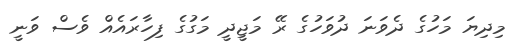
މިދިޔަ މަހުގެ ދެވަނަ ދުވަހުގެ ރޭ މަޖީދީ މަގުގެ ފިހާރައެއް ވެސް ވަނީ